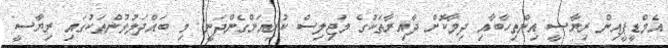
އެމްޑީޕީއިން ރިޔާސީ އިންތިހާބާއި ދިމާކޮށް ދާއިރާތަކުގެ މަޖިލިސް ކުރިއަށްގެންދަނީ: މި ބައްދަލުވުންތަކުގައި ރިޔާސީ